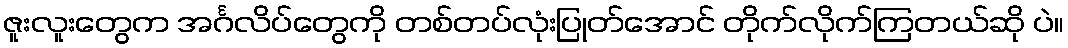
ဇူးလူးတွေက အင်္ဂလိပ်တွေကို တစ်တပ်လုံးပြုတ်အောင် တိုက်လိုက်ကြတယ်ဆို ပဲ။